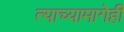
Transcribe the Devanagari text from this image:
त्याच्यामागेही